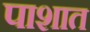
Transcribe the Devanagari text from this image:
पाशात